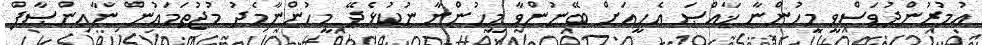
ޢުމުރުންދުވަސްވީ މީހުންނާ ޚާއްޞަ އެހީއަށް ބޭނުންވާ މީހުންނާ ނުކުޅެދޭ މީހުންނާމެދު މުޖުތަމަޢުން ނާއިންޞާފް